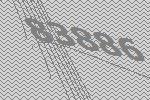
83886